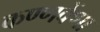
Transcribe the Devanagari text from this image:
कण्णवेंणा